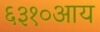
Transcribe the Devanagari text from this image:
६३१०आय